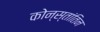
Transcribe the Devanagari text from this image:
कोन्स्तांतिन